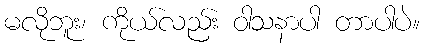
မလိုဘူး၊ ကိုယ်လည်း ဝါသနာပါ တာပါပဲ။